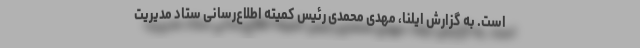
است. به گزارش ایلنا، مهدی محمدی رئیس کمیته اطلاع‌رسانی ستاد مدیریت